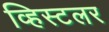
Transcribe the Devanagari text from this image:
व्हिस्टलर